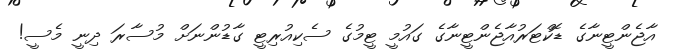
އާޖެންޓީނާގެ ޑޮކްޓަރުއާޖެންޓީނާގެ ގައުމީ ޓީމުގެ ސެކިއުރިޓީ ގާޑުންނަށް މުސާރަ ދިނީ މެސީ!